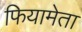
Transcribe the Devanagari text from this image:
फियामेता